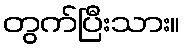
တွက်ပြီးသား။